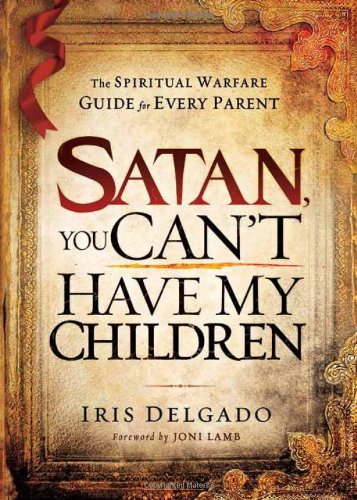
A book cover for Satan, You Can't Have My Children: The Spiritual Warfare Guide for Every Parent; Iris Delgado; Christian Books & Bibles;